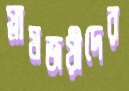
স্লামজয়ীদের